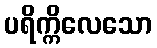
ပရိက္ကိလေသော